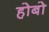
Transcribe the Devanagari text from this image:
होबो